Report of the Municipal Commissioner on the plague in Bombay for the year ending 31st May... - Volume 3
Disease focus: Plague
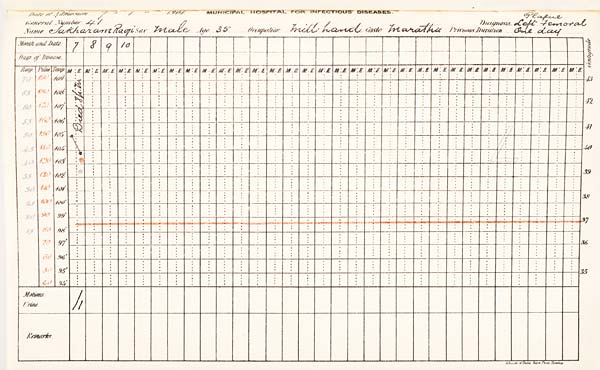
Date
of
Admission
1901
MUNICIPAL
HOSPITAL
FOR
INFECTIOUS
DISEASES.
General
Number
Diagnosis
Name
Sex
Age
Occupation
Caste
Previous
Duration